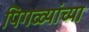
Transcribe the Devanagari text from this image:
पिगळ्यांच्या